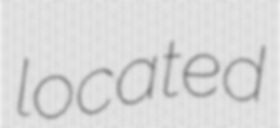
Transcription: located